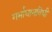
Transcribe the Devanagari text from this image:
गर्भाधानविधी